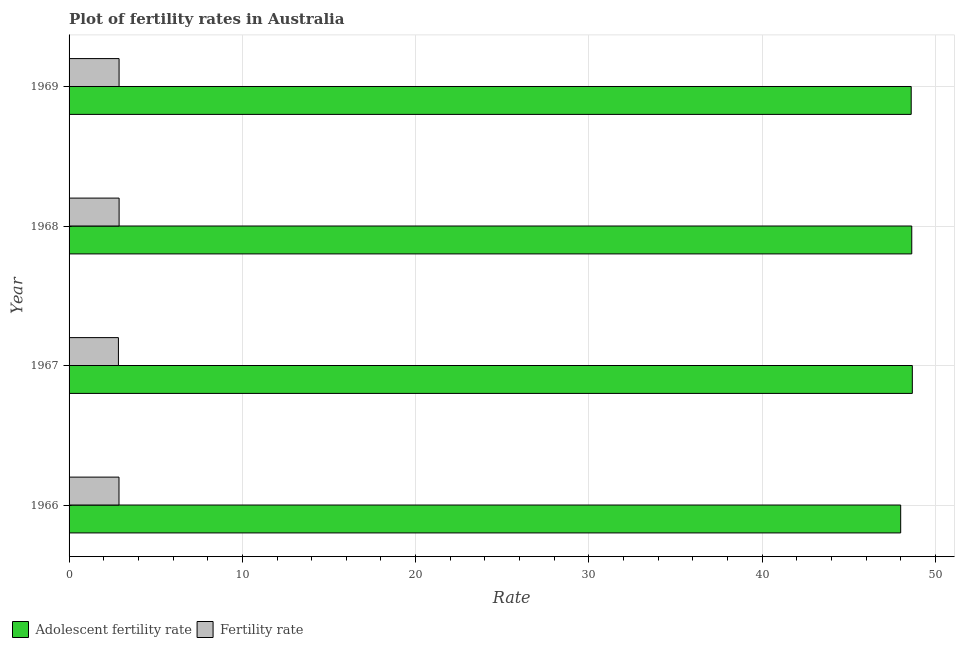
| Year | Adolescent fertility rate | Fertility rate |
 | --- | --- | --- |
 | 1966 | 48 | 2.88 |
 | 1967 | 48.7 | 2.85 |
 | 1968 | 48.6 | 2.89 |
 | 1969 | 48.6 | 2.89 |